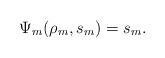
LaTeX: \begin{align*} \Psi_{m}(\rho_{m}, s_{m})= s_{m} .\end{align*}